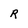
Character: R